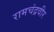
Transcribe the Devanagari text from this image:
रामचंद्रवीर